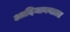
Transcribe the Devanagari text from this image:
आदिमानवाला